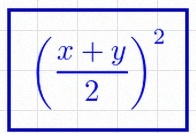
\left(\frac{x+y}{2}\right)^2